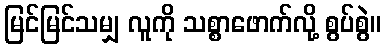
မြင်မြင်သမျှ လူကို သစ္စာဖောက်လို့ စွပ်စွဲ။